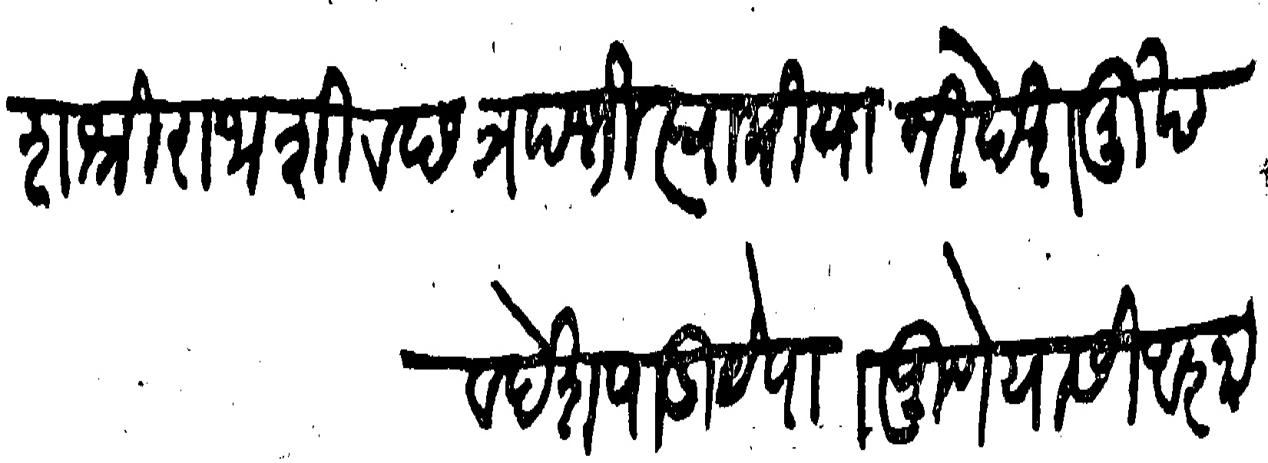
Transliteration (Devanagari): कुलावतंश श्री राजा शिव छत्रपति स्वामी यानी देशमुख व देशपाडीये पाा पुणे यासी आज्ञा